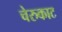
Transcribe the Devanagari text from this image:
चेरुकाट